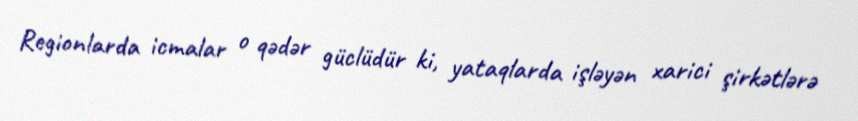
Regionlarda icmalar o qədər güclüdür ki, yataqlarda işləyən xarici şirkətlərə